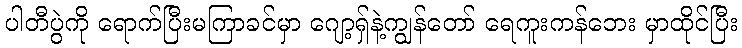
ပါတီပွဲကို ရောက်ပြီးမကြာခင်မှာ ဂျော့ရှ်နဲ့ကျွန်တော် ရေကူးကန်ဘေး မှာထိုင်ပြီး